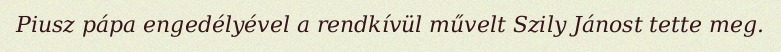
Piusz pápa engedélyével a rendkívül művelt Szily Jánost tette meg.